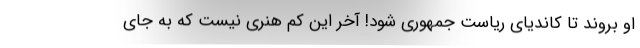
او بروند تا کاندیای ریاست جمهوری شود! آخر این کم هنری نیست که به جای